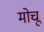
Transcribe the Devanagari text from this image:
मोचू